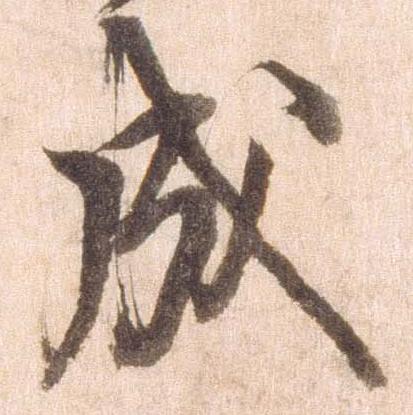
成